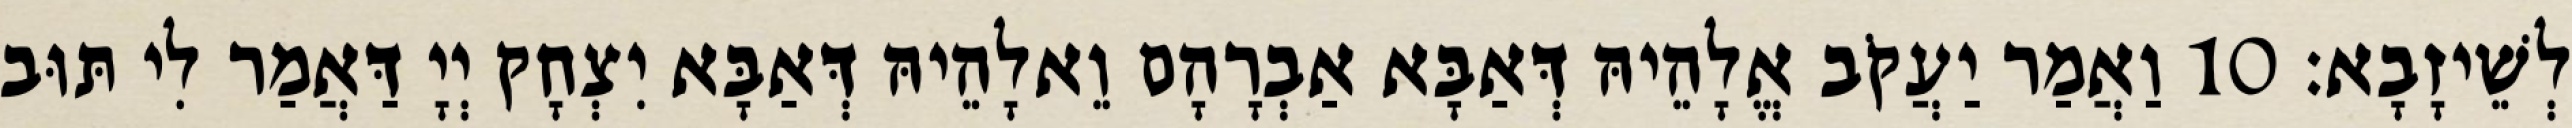
לְשֵׁיזָבָא׃ 10 וַאֲמַר יַעֲקֹב אֱלָהֵיהּ דְּאַבָּא אַבְרָהָם וֵאלָהֵיהּ דְּאַבָּא יִצְחָק יְיָ דַּאֲמַר לִי תּוּב